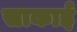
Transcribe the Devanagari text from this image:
साकाई